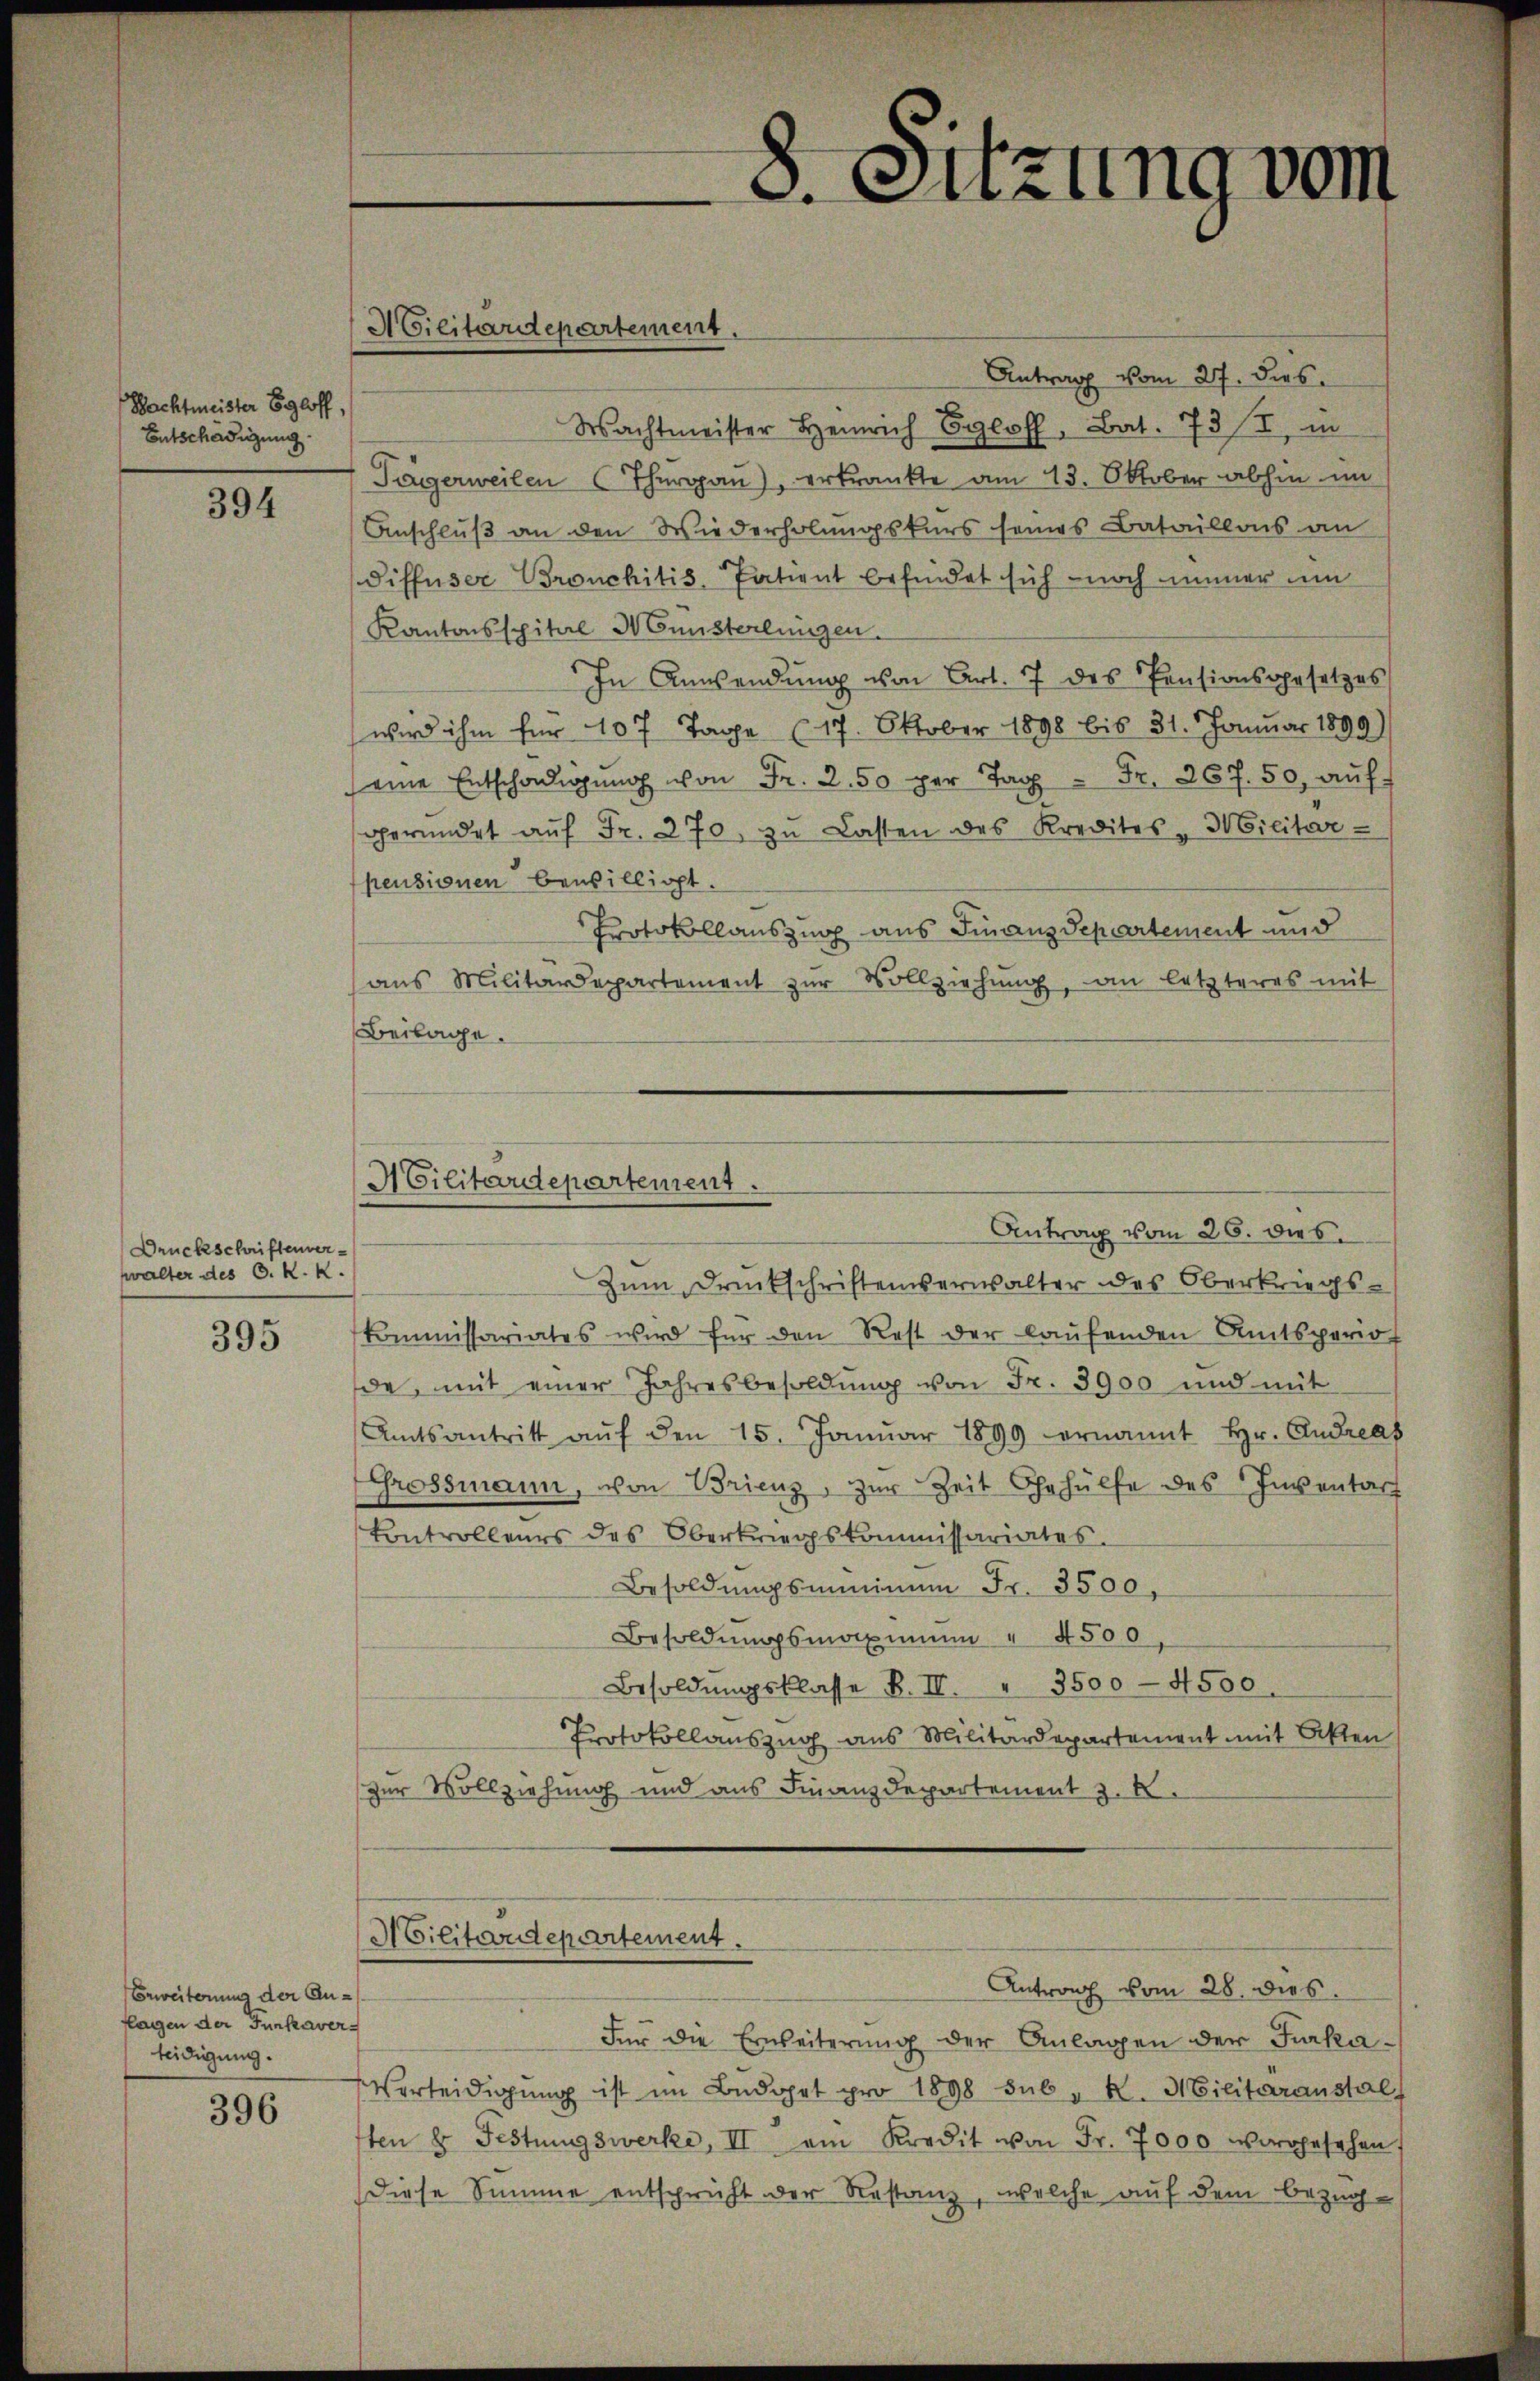
Nachtmeister Egloff,
Entschädigung.

394

Druckschriftenver
walter des C. K. K

395

Erweiterung der Anlagen der Funkaverteidigung.

396

Militärdepartement.

8. Sitzung vom

Militärdepartement.
Antrag vom 26. dies

Antrag vom 27. dies
Wachtmeister Heinrich Bl. Bat. 73/I, in
Tägerweilen Thurgau), erkrankte am 13. Oktober abhin im
Anschluß an den Wiederholungskurs seines Bataillons an
Siffuser Bronchitis Patient befindet sich noch immer um
Kantonsspital Ministerlingen.
In Anwendŭng von Art. 7 des Pensionsgesetzes
wird ihm für 107 Tage (17. Oktober 1898 bis 31. Januar 1899)
eine Entschŭng von Fr. 2. 50 per Tag Fr. 267. 50, aŭf
geründet aŭf Fr. 270. zŭ Lasten des Kredites Militar-
pensionen bewilligt.
Protokollauszug aus Finanzdepartement und
ans Militärdepartement zŭr Vollziehŭng, an letzteres mit
Beilage.
Zum Druckschriftenderwalter des Oberkriegskommissariates wird für den Rest der laŭfenden Amtsperio
de, mit einer Jahresbesoldŭng von Fr. 3900 und mit
Amtsantritt aŭf den 15. Janŭar 1899 ernannt hr. Andreas
Grossmann, von Brienz, zur Zeit Gehülfe des Inventar
Controlleurs des Oberkriegskommissariates.
Besoldŭngsminimum Fr. 3500,
Besoldŭngsmaximŭm " 4500
Besoldŭngsklasse B. II. " 3500 - 4500.
Protokollauszug aus Militärdepartement mit Akten
zur Vollziehung und aus Finanzdepartement z. B.
ACilitärdepartement.
Antrag vom 28. dies
Für die Erweiterung der Anlagen der Fraka
Verleidigŭng ist im Büdget pro 1898 sub " K. Militäranstal
ten & Festungswerke, III am Kredit von Fr. 7000 vorgesehen,
Diese Summe entspricht der Restanz, welche auf dem Bezug¬